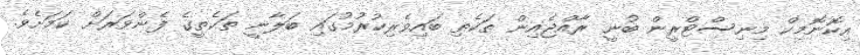
އިކޮނޮމިކް މިނިސްޓްރީން ބުނީ ރާއްޖެއިން ތަކެތި ބައިވެރިކުރުމުގައި ބަލާނީ ތަކެތީގެ ފެންވަރަށް ކަމަށެވެ.